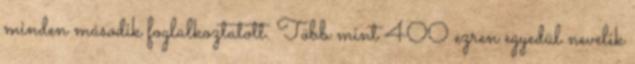
minden második foglalkoztatott. Több mint 400 ezren egyedül nevelik